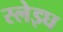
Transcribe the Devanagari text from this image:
स्लेइघ